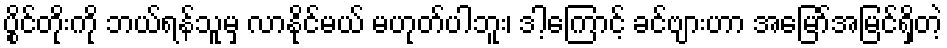
ပွိုင်တိုးကို ဘယ်ရန်သူမှ လာနိုင်မယ် မဟုတ်ပါဘူး၊ ဒါ့ကြောင့် ခင်ဗျားဟာ အမြော်အမြင်ရှိတဲ့